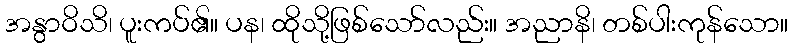
အနွာဝိသိ၊ ပူးကပ်၏။ ပန၊ ထိုသို့ဖြစ်သော်လည်း။ အညာနိ၊ တစ်ပါးကုန်သော။